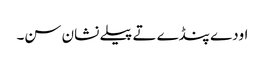
اودے پنڈے تے پیلے نشان سن۔